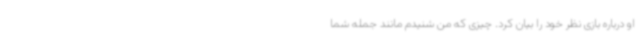
او درباره بازی نظر خود را بیان کرد. چیزی که من شنیدم مانند جمله شما